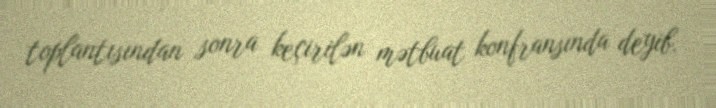
toplantısından sonra keçirilən mətbuat konfransında deyib.